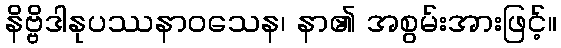
နိဗ္ဗိဒါနုပဿနာဝသေန၊ နာ၏ အစွမ်းအားဖြင့်။